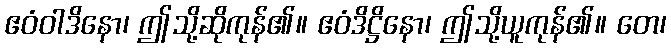
ဧဝံဝါဒိနော၊ ဤသို့ဆိုကုန်၏။ ဧဝံဒိဋ္ဌိနော၊ ဤသို့ယူကုန်၏။ တေ၊